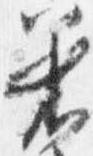
着